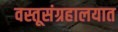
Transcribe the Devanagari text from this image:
वस्तूसंग्रहालयात